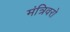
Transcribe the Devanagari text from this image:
मंत्रिवरो